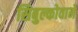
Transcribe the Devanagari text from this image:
सिबुल्कोवाने